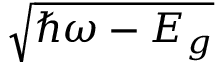
\sqrt { \hbar \omega - E _ { g } }